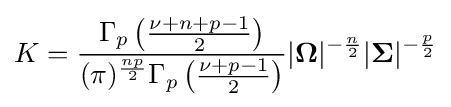
K={\frac {\Gamma _{p}\left({\frac {\nu +n+p-1}{2}}\right)}{(\pi )^{\frac {np}{2}}\Gamma _{p}\left({\frac {\nu +p-1}{2}}\right)}}|{\boldsymbol {\Omega }}|^{-{\frac {n}{2}}}|{\boldsymbol {\Sigma }}|^{-{\frac {p}{2}}}